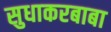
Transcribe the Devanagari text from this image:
सुधाकरबाबा